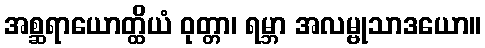
အစ္ဆရာယောတ္ထိယံ ဝုတ္တာ၊ ရမ္ဘာ အလမ္ဗုသာဒယော။